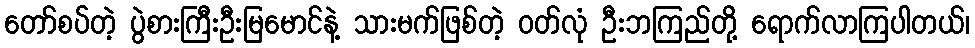
တော်စပ်တဲ့ ပွဲစားကြီးဦးမြမောင်နဲ့ သားမက်ဖြစ်တဲ့ ဝတ်လုံ ဦးဘကြည်တို့ ရောက်လာကြပါတယ်၊